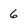
Character: 6